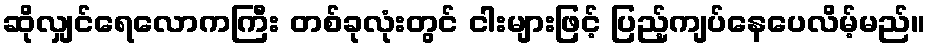
ဆိုလျှင်ရေလောကကြီး တစ်ခုလုံးတွင် ငါးများဖြင့် ပြည့်ကျပ်နေပေလိမ့်မည်။